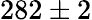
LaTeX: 282\pm 2